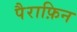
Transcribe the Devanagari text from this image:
पैराफ़िन